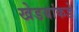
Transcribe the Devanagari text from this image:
खेडयांकडे